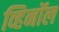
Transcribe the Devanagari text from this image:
व्हिनॉल